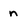
Character: n